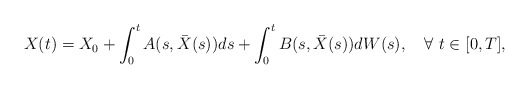
\begin{align*}X(t)=X_0 + \int_0^t A(s,\bar{X}(s)) ds + \int_0^t B(s,\bar{X}(s)) dW(s) , \quad\forall\ t\in [0,T],\end{align*}